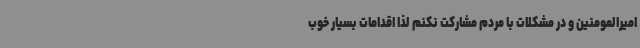
امیرالمومنین و در مشکلات با مردم مشارکت نکنم لذا اقدامات بسیار خوب